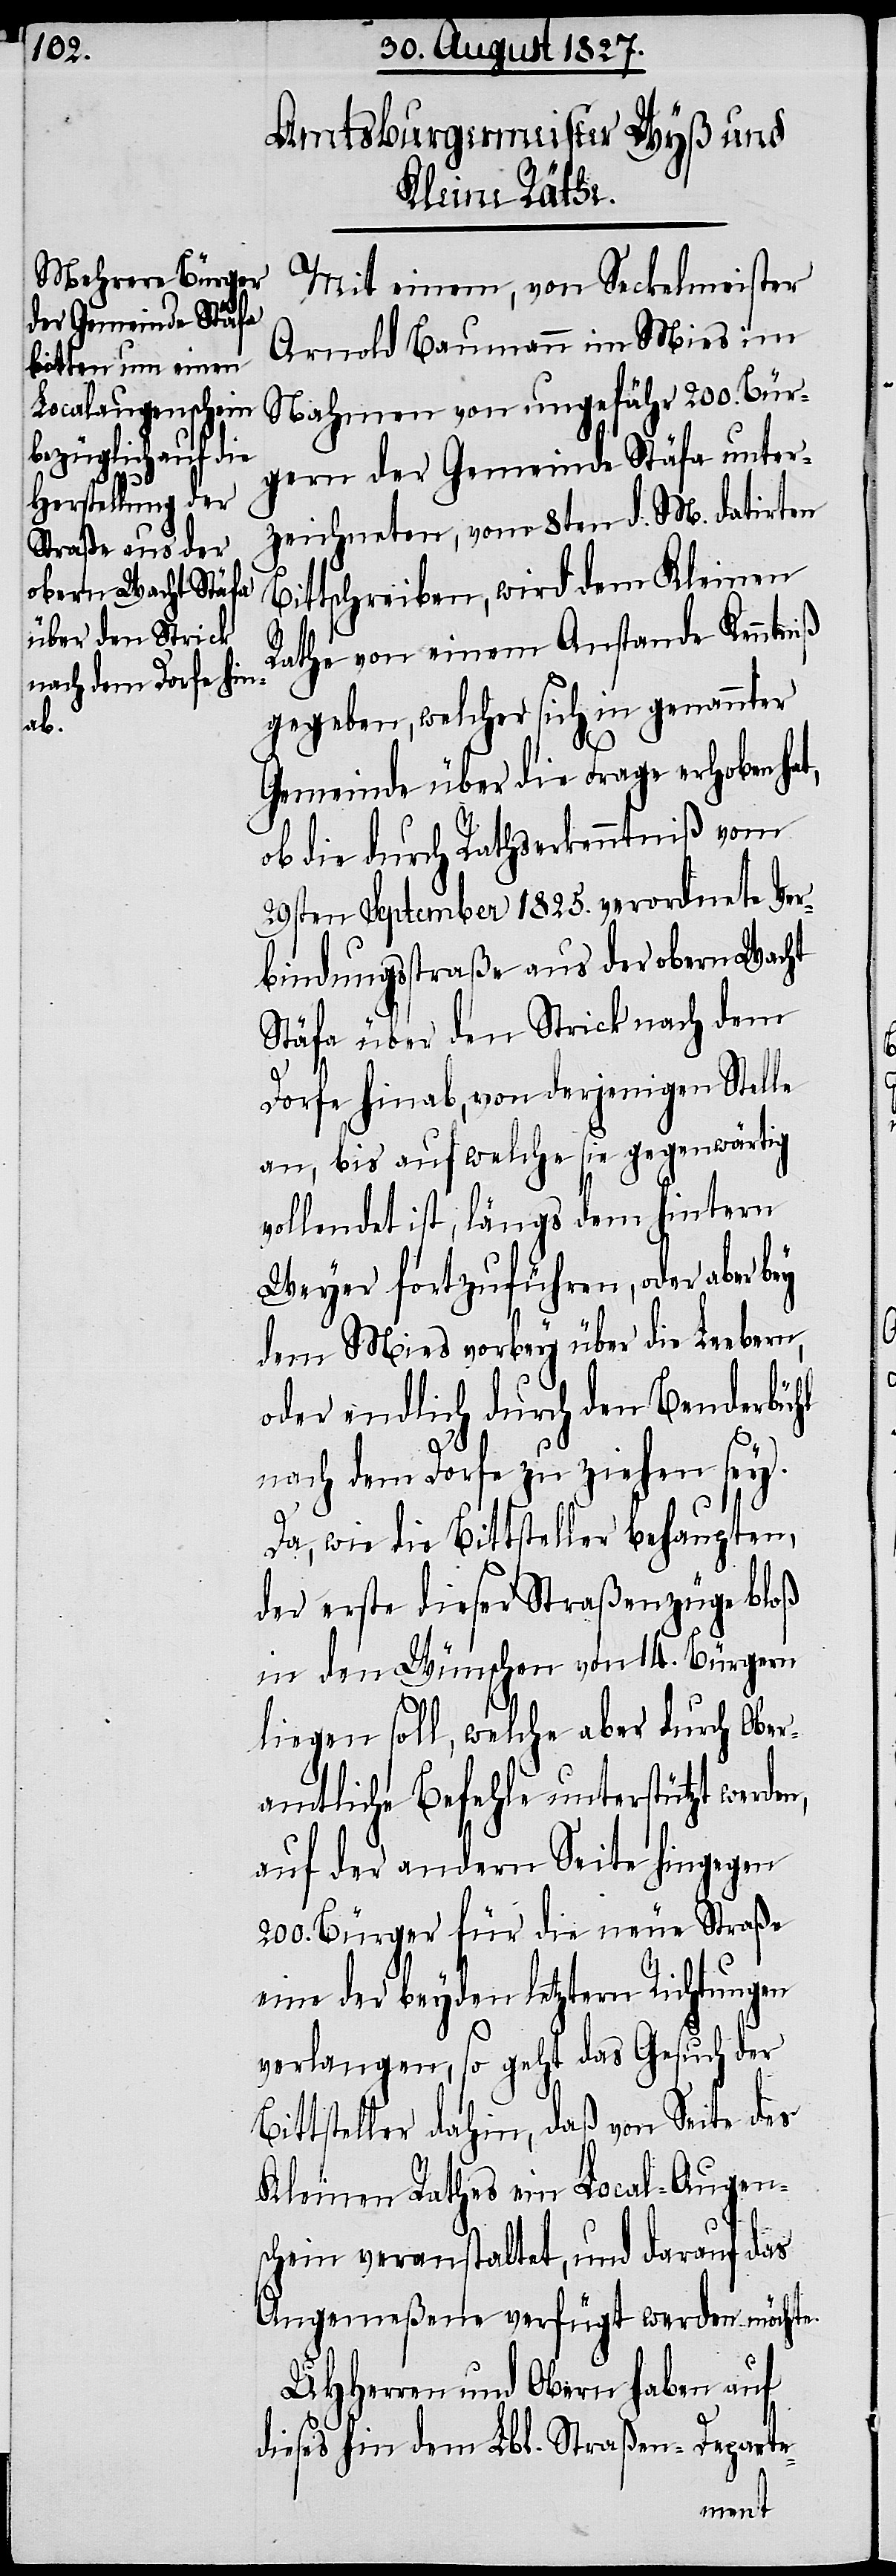
n,

Mit einem, von Seckelmeister
Arnold Baumann im Mies im
Nahmen von ungefähr 200. Bür¬
gern der Gemeinde Stäfa unter¬
zeichneten, vom 8ten d. M. datirten
Bittschreiben, wird dem Kleinen
Rathe von einem Anstande Kenntniß
gegeben, welcher sich in genannter
Gemeinde über die Frage erhoben hat,
ob die durch Rathserkenntniß vom
29sten September 1825. verordnete Ver¬
bindungsstraße aus der obern Wacht
Stäfa über den Strick nach dem
Dorfe hinab, von derjenigen Stelle
an, bis auf welche sie gegenwärtig
vollendet ist, längs dem hintern
Weyer fortzuführen, oder aber bey
dem Mies vorbey über die Leebern,
oder endlich durch den Benderbühl
nach dem Dorfe zu ziehen sey.
Da, wie die Bittsteller behaupten,
der erste dieser Straßenzüge bloß
in den Wünschen von 14. Bürgern
liegen soll, welche aber durch Ober¬
amtliche Befehle unterstützt werde¬
auf der andern Seite hingegen
200. Bürger für die neue Straße
eine der beyden letztern Richtungen
verlangen, so geht das Gesuch der
Bittsteller dahin, daß von Seite des
Kleinen Rathes ein Local-Augen¬
schein veranstaltet, und darauf das
Angemeßene verfügt werden möchte.
UHHerren und Obern haben auf
dieses hin dem Lbl. Straßen-Departe-